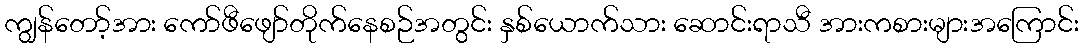
ကျွန်တော့်အား ကော်ဖီဖျော်တိုက်နေစဉ်အတွင်း နှစ်ယောက်သား ဆောင်းရာသီ အားကစားများအကြောင်း